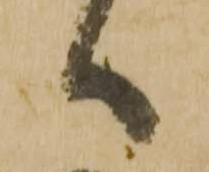
へ